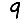
Digit: 9